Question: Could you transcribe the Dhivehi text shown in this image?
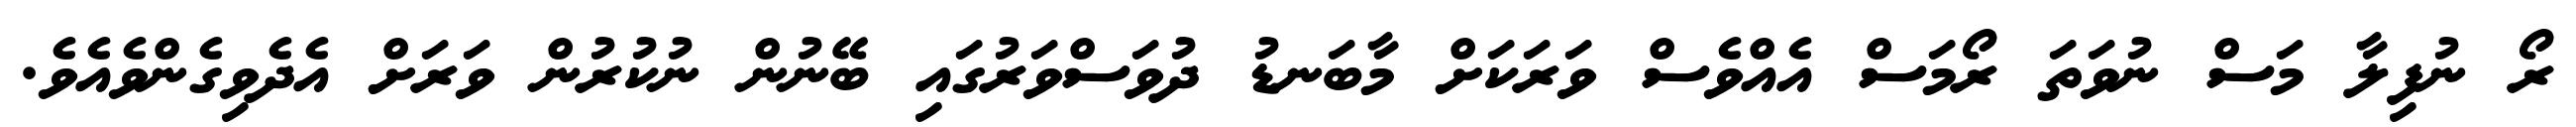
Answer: ރޯ ނުފިލާ މަސް ނުވަތަ ރޯމަސް އެއްވެސް ވަރަކަށް މާބަނޑު ދުވަސްވަރުގައި ބޭނުން ނުކުރުން ވަރަށް އެދެވިގެންވެއެވެ.